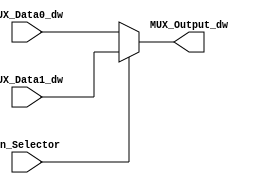
/******************************************************************
* Description
*	This is a  an 2to1 multiplexer that can be parameterized in its bit-width.
*	1.0
* Author:
*	Mariana Chvez Medina
*	Daro Arias Muoz
* Date:
*	07/04/2020
******************************************************************/

module Multiplexer2to1
#(
	parameter NBits=32
)
(
	input in_Selector,
	input [NBits-1:0] MUX_Data0_dw,
	input [NBits-1:0] MUX_Data1_dw,
	
	output reg [NBits-1:0] MUX_Output_dw
);

	always@(in_Selector,MUX_Data1_dw,MUX_Data0_dw) begin
		if(in_Selector)
			MUX_Output_dw = MUX_Data1_dw;
		else
			MUX_Output_dw = MUX_Data0_dw;
	end

endmodule
//mux21//